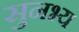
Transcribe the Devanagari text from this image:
सुनभ्य